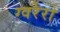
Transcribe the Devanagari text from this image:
ग्वरेरो